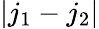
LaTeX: |j_{1}-j_{2}|